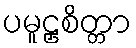
ပမူဠှစိတ္တာ